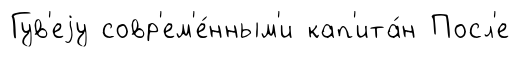
Гув'еjу совр'ем'е́нным'и кап'ита́н Посл'е